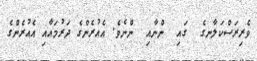
ވެރިރަސްކަލާނގެ  ގައި  ންނާއި  ންނެވެ. އެއުރެންގެ ދަރުމައާއި އެއުރެންގެ